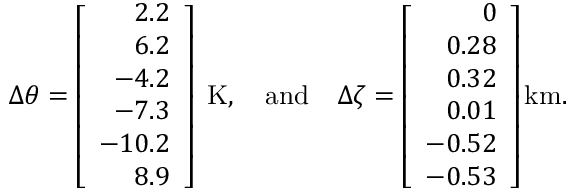
{ \Delta \theta } = \left[ \begin{array} { r } { 2 . 2 } \\ { 6 . 2 } \\ { - 4 . 2 } \\ { - 7 . 3 } \\ { - 1 0 . 2 } \\ { 8 . 9 } \end{array} \right] \mathrm { ~ K } , \quad \mathrm { a n d } \quad { \Delta \zeta } = \left[ \begin{array} { r } { 0 } \\ { 0 . 2 8 } \\ { 0 . 3 2 } \\ { 0 . 0 1 } \\ { - 0 . 5 2 } \\ { - 0 . 5 3 } \end{array} \right] \mathrm { k m } .